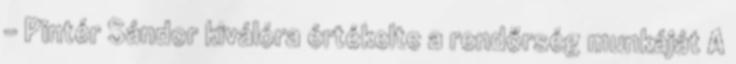
- Pintér Sándor kiválóra értékelte a rendőrség munkáját A